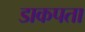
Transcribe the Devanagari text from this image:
डाकपता